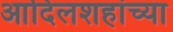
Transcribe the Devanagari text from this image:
आदिलशहांच्या